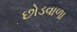
છોડવાળા